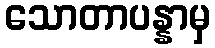
သောတာပန္နာမှ